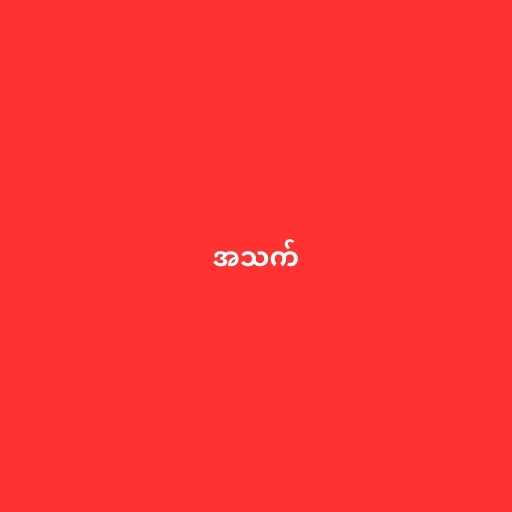
အသက်